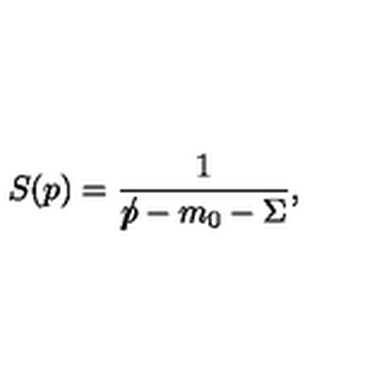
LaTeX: S ( p ) = \frac { 1 } { p \! \! \! / - m _ { 0 } - \Sigma } ,